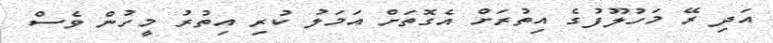
އަދި ރޭ މަހުލޫފުގެ އިތުރަށް އެގޮތަށް އަަމަލު ކުރި އިތުރު މީހުން ވެސް